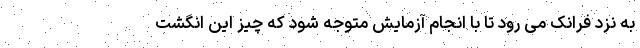
به نزد فرانک می رود تا با انجام آزمایش متوجه شود که چیز این انگشت